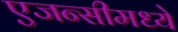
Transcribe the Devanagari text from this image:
एजन्सीमध्ये